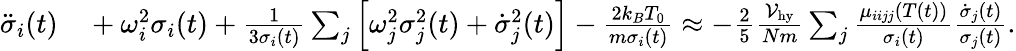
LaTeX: \begin{array}{rl}{\ddot{\sigma}_{i}(t)}&{{}+\omega_{i}^{2}\sigma_{i}(t)+\frac{1}{3\sigma_{i}(t)}\sum_{j}\left[\omega_{j}^{2}\sigma_{j}^{2}(t)+\dot{\sigma}_{j}^{2}(t)\right]-\frac{2k_{B}T_{0}}{m\sigma_{i}(t)}\approx-\frac{2}{5}\frac{{\cal V}_{\mathrm{hy}}}{Nm}\sum_{j}\frac{\mu_{iijj}(T(t))}{\sigma_{i}(t)}\frac{\dot{\sigma}_{j}(t)}{\sigma_{j}(t)}.}\end{array}